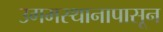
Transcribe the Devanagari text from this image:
उगमस्थानापासून